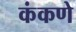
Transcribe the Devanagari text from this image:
कंकणे